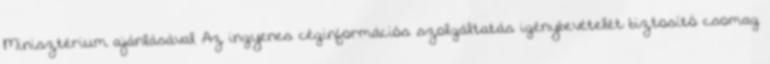
Minisztérium ajánlásával Az ingyenes céginformációs szolgáltatás igénybevételét biztosító csomag